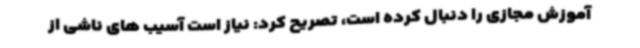
آموزش مجازی را دنبال کرده است، تصریح کرد: نیاز است آسیب های ناشی از